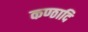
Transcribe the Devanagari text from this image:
कण्ठादि